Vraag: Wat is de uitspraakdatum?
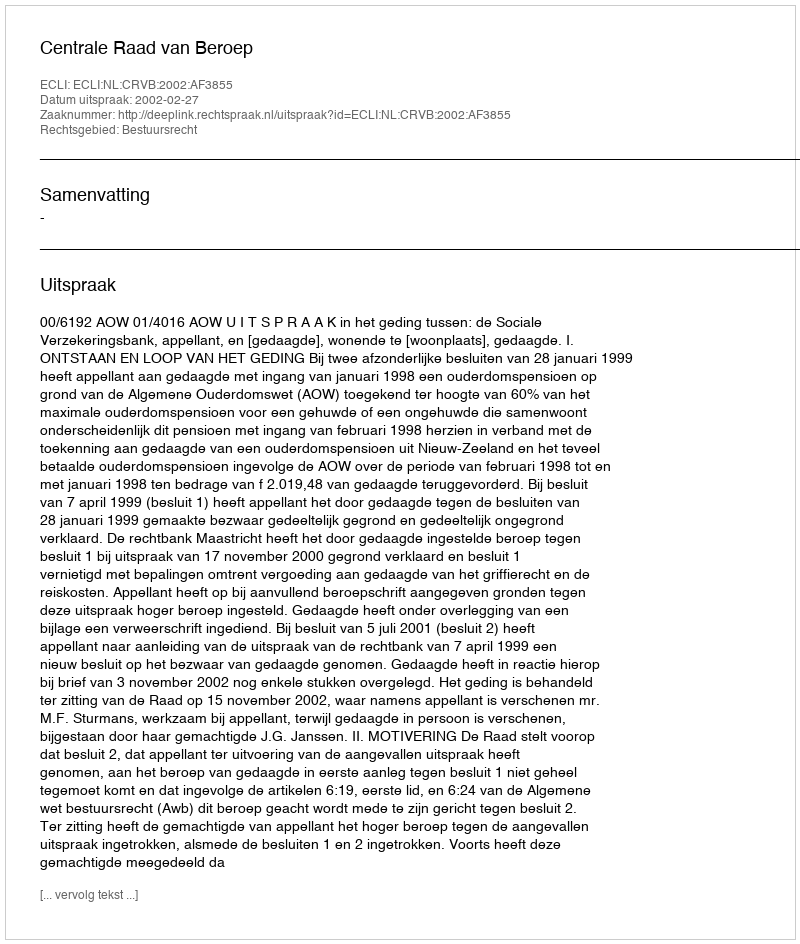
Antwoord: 2002-02-27